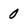
Character: 0